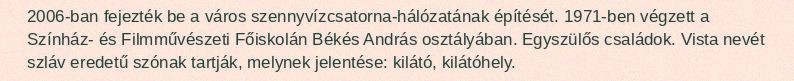
2006-ban fejezték be a város szennyvízcsatorna-hálózatának építését. 1971-ben végzett a Színház- és Filmművészeti Főiskolán Békés András osztályában. Egyszülős családok. Vista nevét szláv eredetű szónak tartják, melynek jelentése: kilátó, kilátóhely.